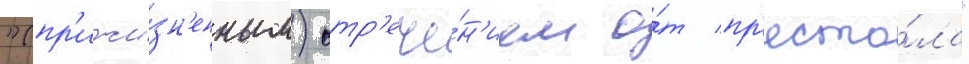
"(пр'ижи́зн'енным) отр'ече́н'ием о́т пр'есто́ла"